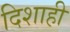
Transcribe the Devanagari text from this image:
दिशाही